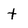
Character: t